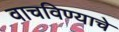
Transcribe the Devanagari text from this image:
वाचविण्याचे